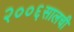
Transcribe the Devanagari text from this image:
२००६सालची